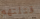
قتلتهم